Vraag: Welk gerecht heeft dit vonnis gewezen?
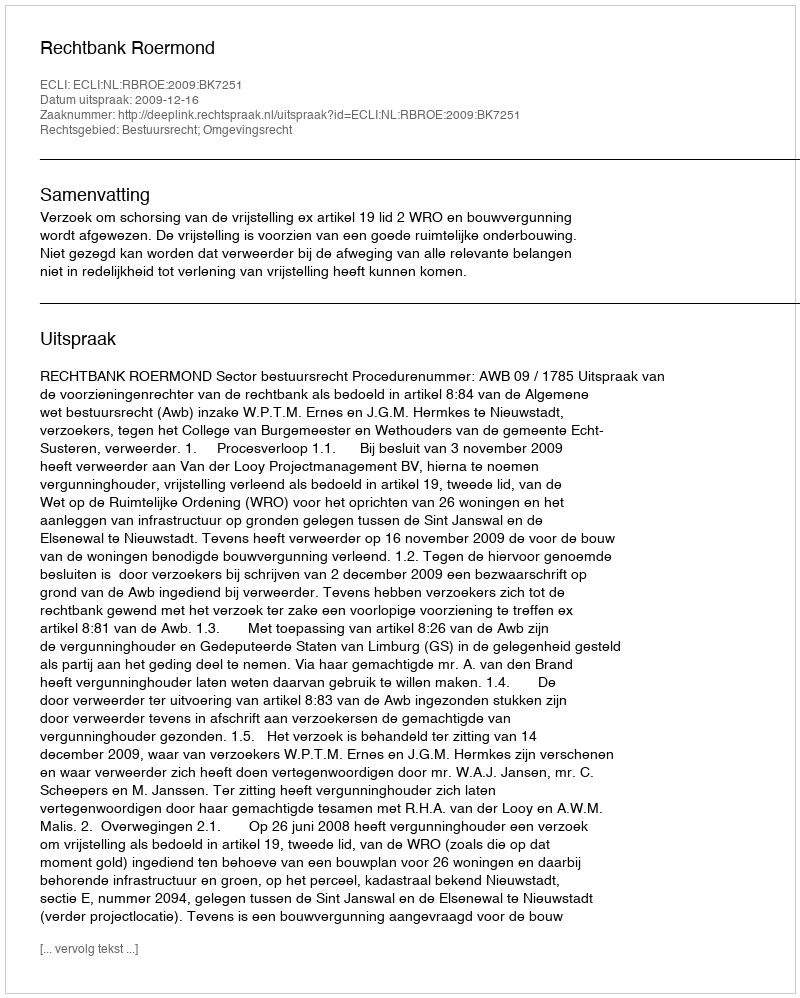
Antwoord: Rechtbank Roermond